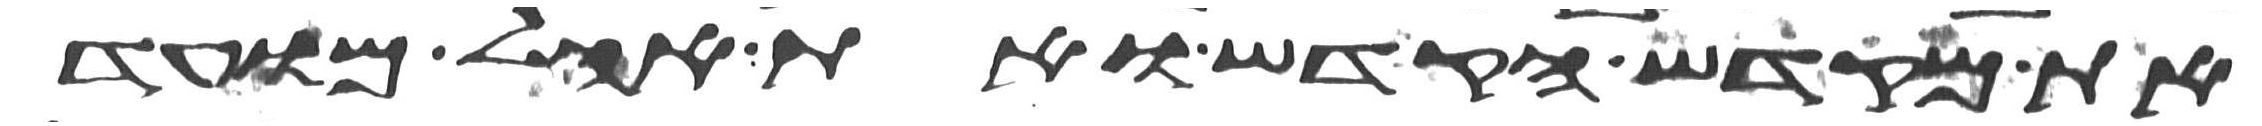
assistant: את מקדש הקדש ואת אהל מועד